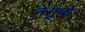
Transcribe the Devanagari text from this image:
नेगुंबो